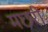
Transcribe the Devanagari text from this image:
मछरी